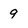
Character: 9